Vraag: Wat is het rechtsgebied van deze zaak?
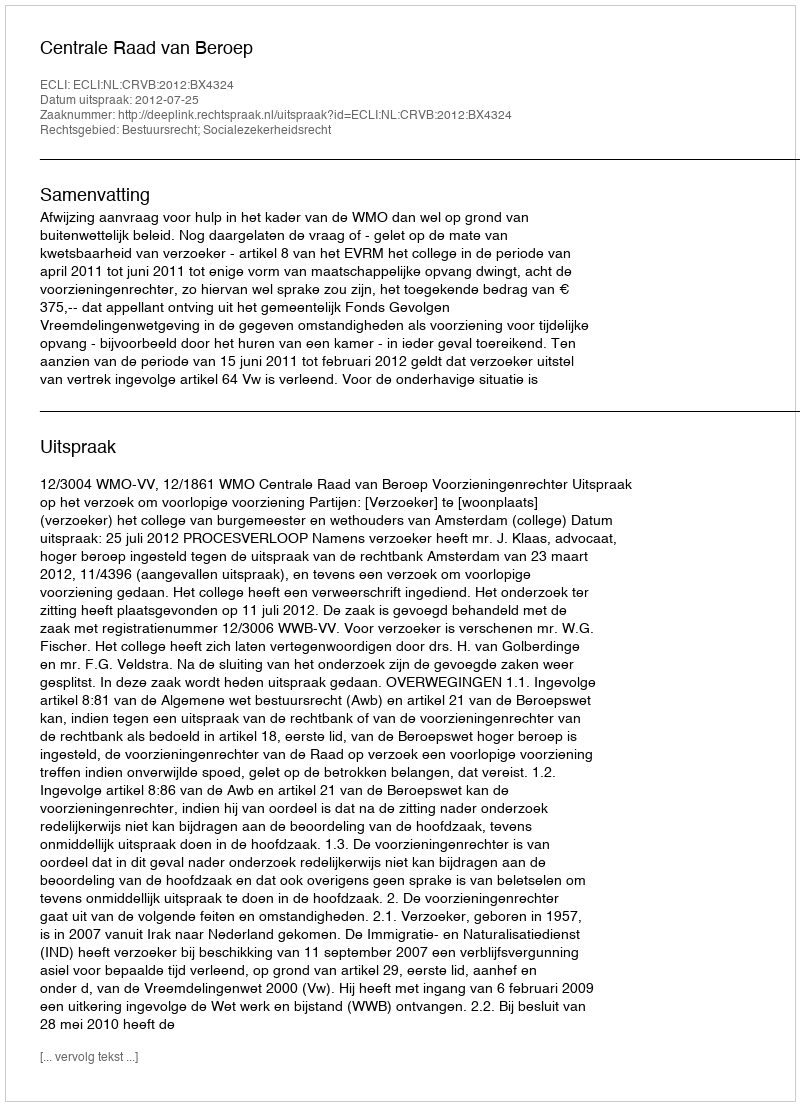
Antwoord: Bestuursrecht; Socialezekerheidsrecht